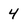
Character: 4